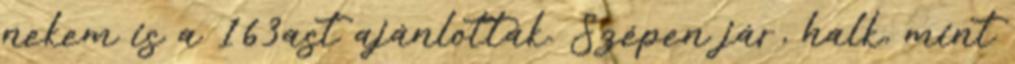
nekem is a 163ast ajánlották. Szépen jár, halk, mint